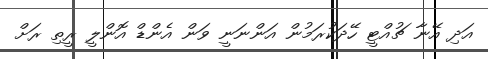
އަދި އޭނާ ޗުއްޓީ ހޭދަކުރަމުން އަންނަނީ ވަން އެންޑް އޮންލީ ރީތި ރަށް